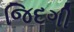
જિદગી